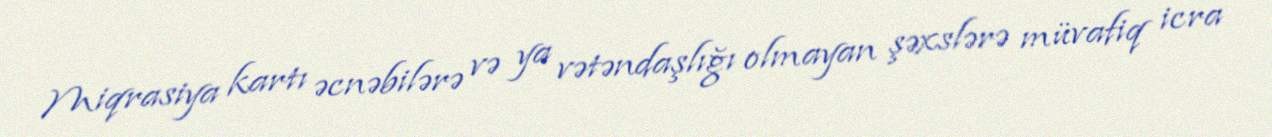
Miqrasiya kartı əcnəbilərə və ya vətəndaşlığı olmayan şəxslərə müvafiq icra